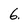
Character: 6